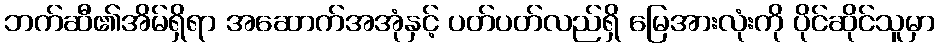
ဘက်ဆီ၏အိမ်ရှိရာ အဆောက်အအုံနှင့် ပတ်ပတ်လည်ရှိ မြေအားလုံးကို ပိုင်ဆိုင်သူမှာ